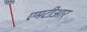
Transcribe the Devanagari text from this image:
एमटीआर